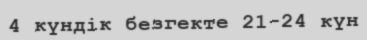
4 күндік безгекте 21-24 күн